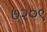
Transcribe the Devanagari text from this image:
७२०९